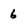
Character: 6